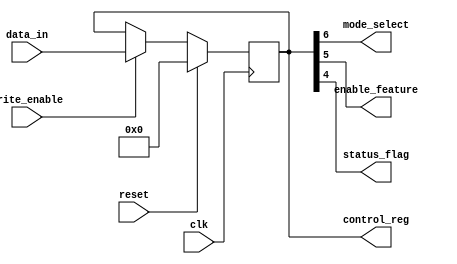
module ControlRegister (
    input wire clk,                // Clock signal
    input wire reset,              // Synchronous reset signal
    input wire write_enable,       // Write enable signal
    input wire [7:0] data_in,      // Data input for the control register
    output reg [7:0] control_reg,  // Control register output
    output reg mode_select,        // Mode selection output
    output reg enable_feature,     // Enable/disable feature output
    output reg status_flag         // Status flag output
);

// Control Register behavior
always @(posedge clk) begin
    if (reset) begin
        // Reset the control register to a known state
        control_reg <= 8'b00000000; // Default state
    end else if (write_enable) begin
        // Update the control register with new data
        control_reg <= data_in;
    end
end

// Output logic for specific bits in the control register
always @(*) begin
    // Assuming the following bit assignments:
    // control_reg[7:6] - Mode Selection Bits
    // control_reg[5]   - Enable/Disable Feature
    // control_reg[4:0] - Status Flags

    mode_select = control_reg[7:6];     // Mode selection bits
    enable_feature = control_reg[5];     // Enable/disable feature
    status_flag = control_reg[4];        // Example status flag
end

endmodule